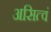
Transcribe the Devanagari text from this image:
असित्वं